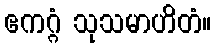
ဧကဂ္ဂံ သုသမာဟိတံ။